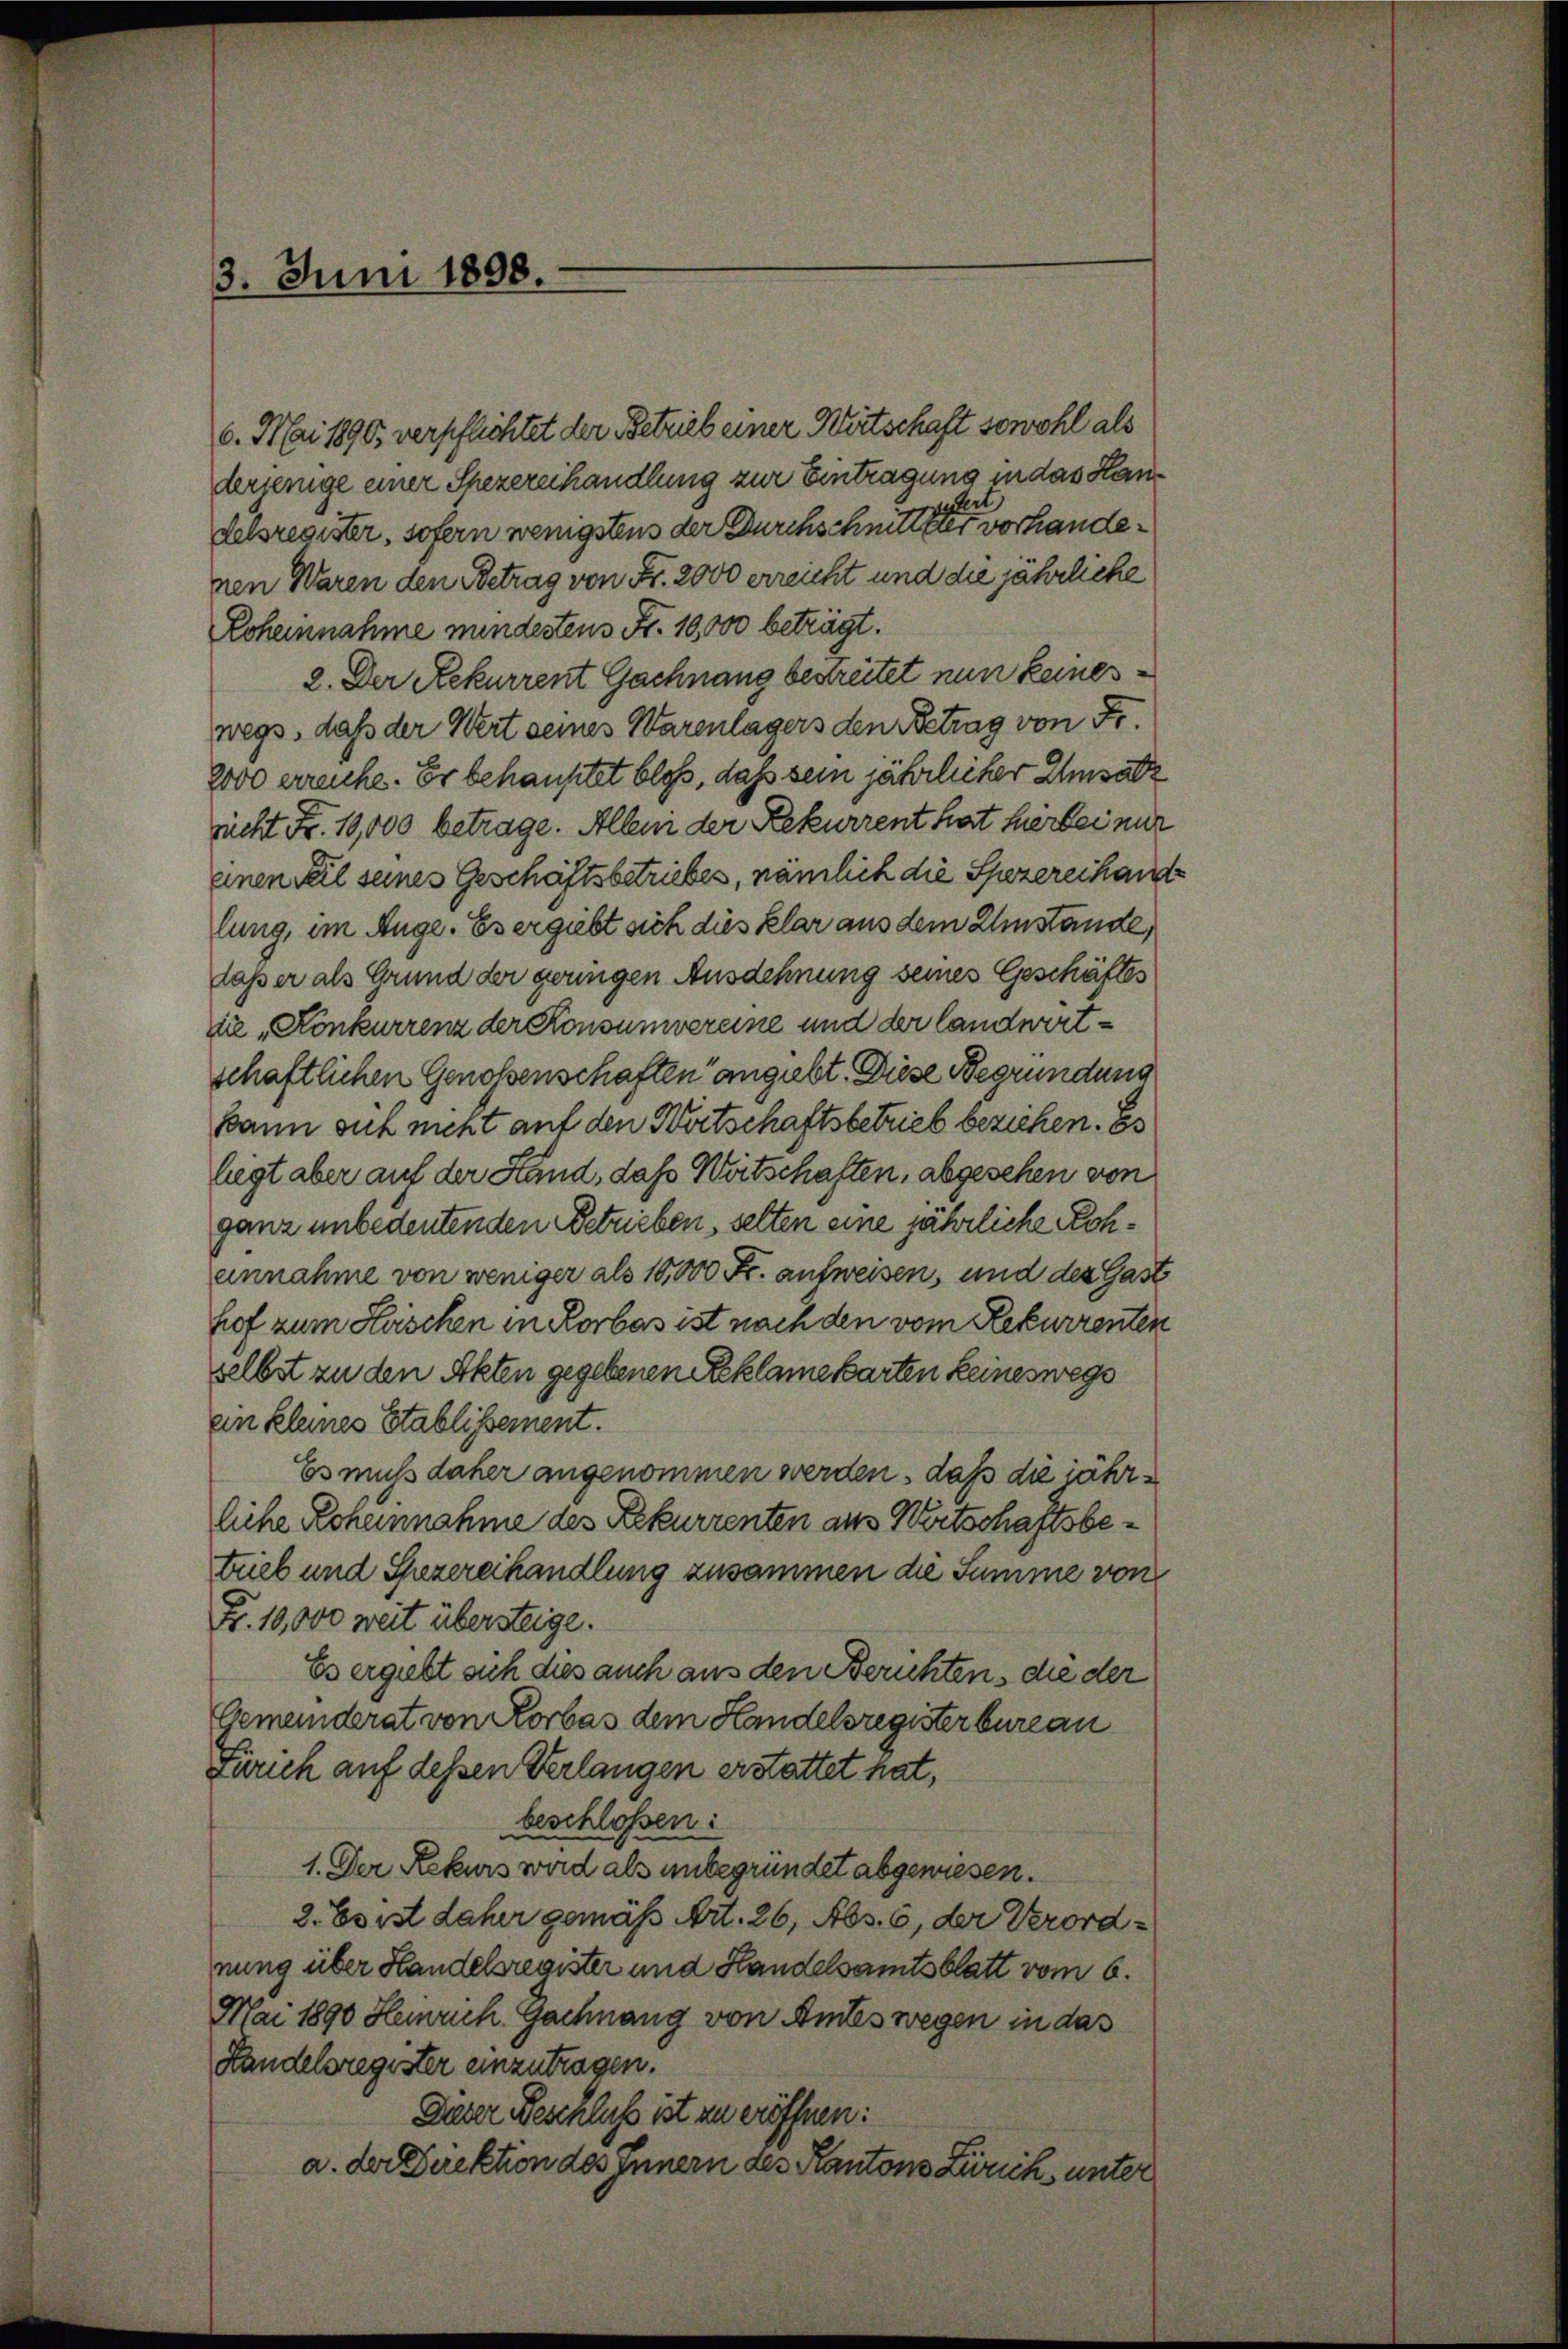
3. Juni 1898.

6. Mai 1890, verpflichtet der Betrieb einer Wirtschaft sowohl als
derjenige einer Spezererhandlung zur Eintragung in das Hansfert
delsregister, sofern wenigstens der Durchschnittler vorhandenen Waren den Betrag von Fr. 2000 erreicht und die jährliche
Roheinnahme mindestens Fr. 10,000 beträgt.
2. Der Rekurrent Gachnang bestreitet nun keines
wegs, daß der Wert seines Warenlagers den Betrag von Fr.
2000 erreiche. Er behauptet bloß, daß sein jährlicher Umsatz
sicht Fr. 19,000 betrage. Allein der Rekurrent hat hierbei mir
einen Teil seines Geschäftsbetriebes, nämlich die Spezereihan
lung, im Auge. Es ergiebt sich dies klar aus dem Umstände,
laß er als Grund der grungen Ausdehnung seines Geschäftes
die „Konkurrenz der Konsumvereine und der landwirtschaftlichen Genossenschaften angiebt. Diese Begründung
kann sich nicht auf den Wertschaftsbetrieb beziehen. Es
liegt aber auf der Stand, das Wertschaften, abgesehen von
ganz unbedeutenden Betrieben, selten eine jährliche Rohannahme von weniger als 10,000 Fr. aufweisen, und der Gast
hof zum Haschen in Rorbas ist nach den vom Rekurrenten
selbst zu den Akten gegebenen Reklame karten keineswege
ein kleines Etablissement.
Es muss daher angenommen werden, daß die jährliche Roheinnahme des Rekurrenten aus Wirtschaftsbetrieb und Spezererhandlung zusammen die Summe von
Fr. 10,000 weit übersteige.
Es ergiebt sich dies auch aus den Berichtens die der
Gemeinderat von Korbas dem Handelsregister bureau
Zürich auf dessen Verlangen erstattet hat,
beschloßen:
1. Der Rekurs wird als unbegründet abgewiesen.
2. Es ist daher gemäß Art. 26, Abs. 6, der Verordnung über Handelsregister und Handelsamtsblatt vom 6.
Mai 1890 Heinrich Gachnang von Amtes wegen in das
Handelsregister einzutragen.
Dieser Beschluß ist zu eröffnen:
a. der Direktion des Innern des Kantons Zürich, unter